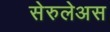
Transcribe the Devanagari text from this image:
सेरुलेअस